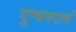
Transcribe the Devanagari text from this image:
दुग्धपदार्थ